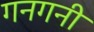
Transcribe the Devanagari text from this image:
गनगनी